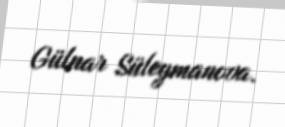
Gülnar Süleymanova.